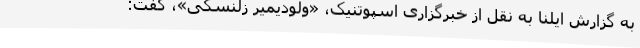
به گزارش ایلنا به نقل از خبرگزاری اسپوتنیک، «ولودیمیر زلنسکی»، گفت: